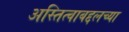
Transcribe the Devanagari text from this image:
अस्तित्वाबद्दलच्या